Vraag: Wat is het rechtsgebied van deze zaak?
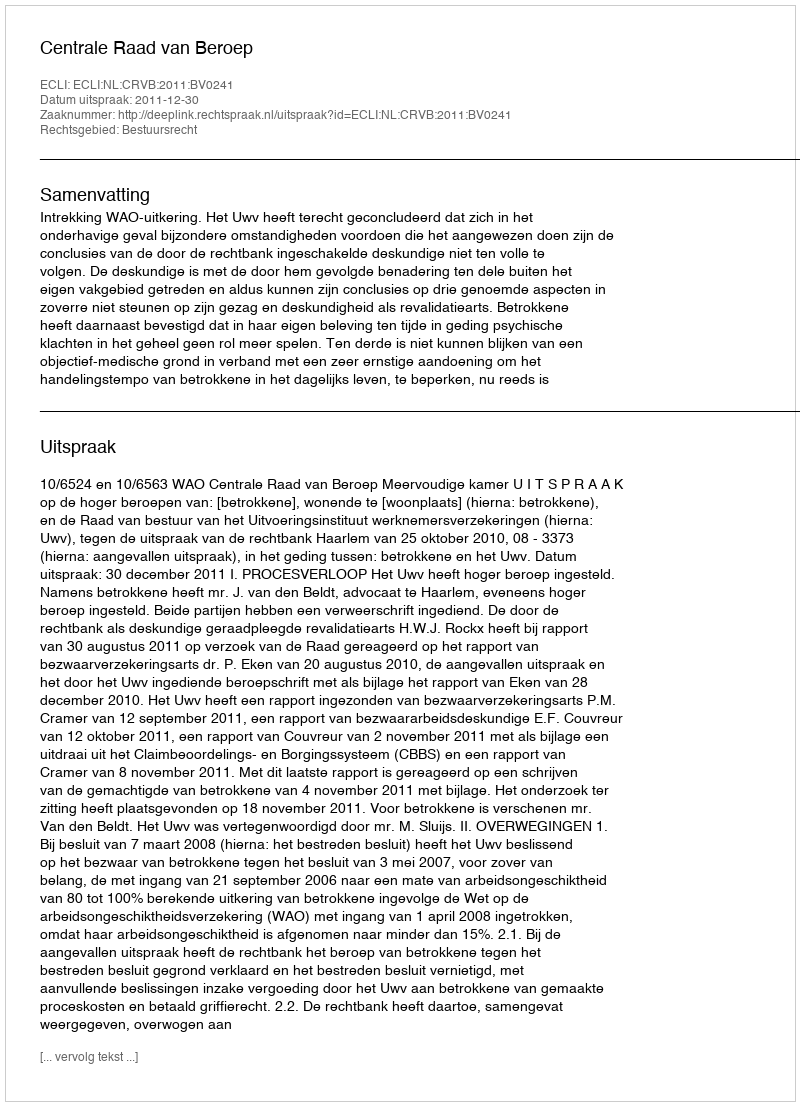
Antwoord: Bestuursrecht